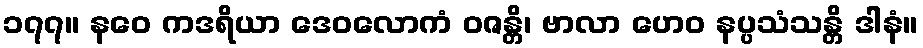
၁၇၇။ နဝေ ကဒရိယာ ဒေဝလောကံ ဝဇန္တိ၊ ဗာလာ ဟေဝ နပ္ပသံသန္တိ ဒါနံ။